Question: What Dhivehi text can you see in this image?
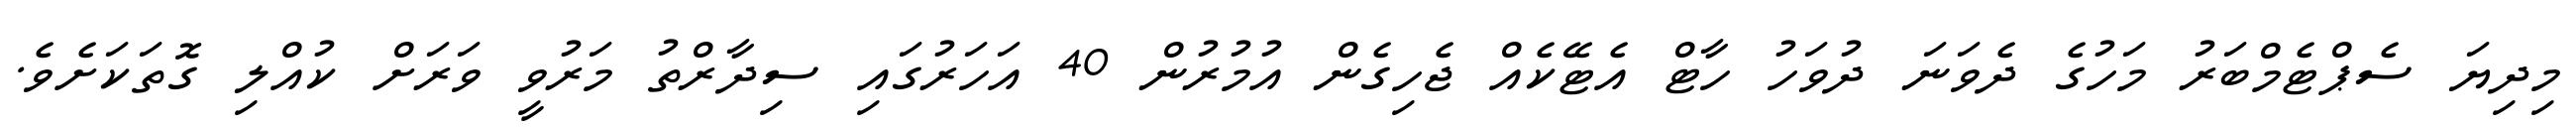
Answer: މިދިޔަ ސެޕްޓެމްބަރު މަހުގެ ދެވަނަ ދުވަހު ހާޓް އެޓޭކެއް ޖެހިގެން އުމުރުން 40 އަހަރުގައި ސިދާރްތު މަރުވީ ވަރަށް ކުއްލި ގޮތަކަށެވެ.